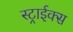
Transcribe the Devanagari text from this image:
स्ट्राईक्स